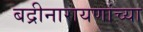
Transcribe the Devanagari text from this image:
बद्रीनारायणांच्या